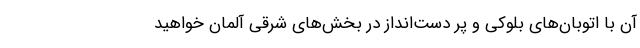
آن با اتوبان‌های بلوکی و پر دست‌انداز در بخش‌های شرقی آلمان خواهید